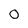
Character: 0